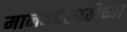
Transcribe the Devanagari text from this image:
मानवतेसाठीच्या